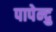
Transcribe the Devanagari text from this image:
पापेन्द्रु